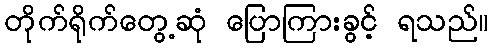
တိုက်ရိုက်တွေ့ဆုံ ပြောကြားခွင့် ရသည်။